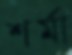
শর্মা